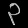
Digit: ၃